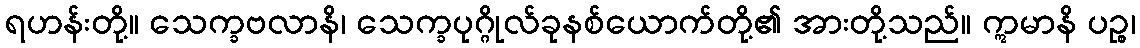
ရဟန်းတို့။ သေက္ခဗလာနိ၊ သေက္ခပုဂ္ဂိုလ်ခုနစ်ယောက်တို့၏ အားတို့သည်။ ဣမာနိ ပဉ္စ၊